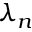
\lambda _ { n }